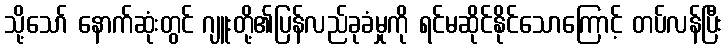
သို့သော် နောက်ဆုံးတွင် ဂျူးတို့၏ပြန်လည်ခုခံမှုကို ရင်မဆိုင်နိုင်သောကြောင့် တပ်လန်ပြီး